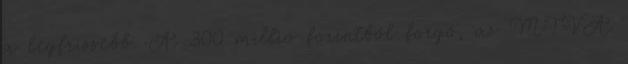
a legfrissebb. A 300 millió forintból forgó, az MTVA